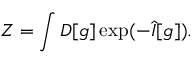
Z = \int D [ g ] \exp ( - \hat { I } [ g ] ) .